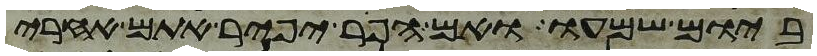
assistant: ביום שמעו ואם הפר יפיר אתם אחרי